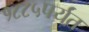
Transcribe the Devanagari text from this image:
१८८५पर्यंत